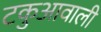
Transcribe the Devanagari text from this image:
टकुआवाली